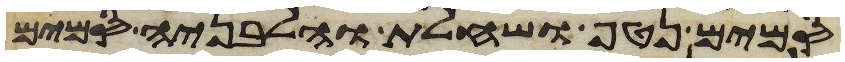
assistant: סמים נטף ושחלת וחלבניה סמים